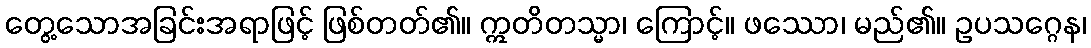
တွေ့သောအခြင်းအရာဖြင့် ဖြစ်တတ်၏။ ဣတိတသ္မာ၊ ကြောင့်။ ဖဿော၊ မည်၏။ ဥပသဂ္ဂေန၊